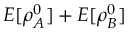
E [ \rho _ { A } ^ { 0 } ] + E [ \rho _ { B } ^ { 0 } ]